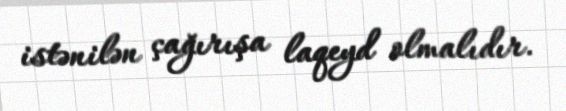
istənilən çağırışa laqeyd olmalıdır.